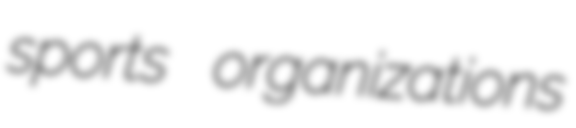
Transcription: sports organizations